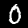
Digit: 0